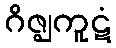
ဂိဇ္ဈကူဋံ